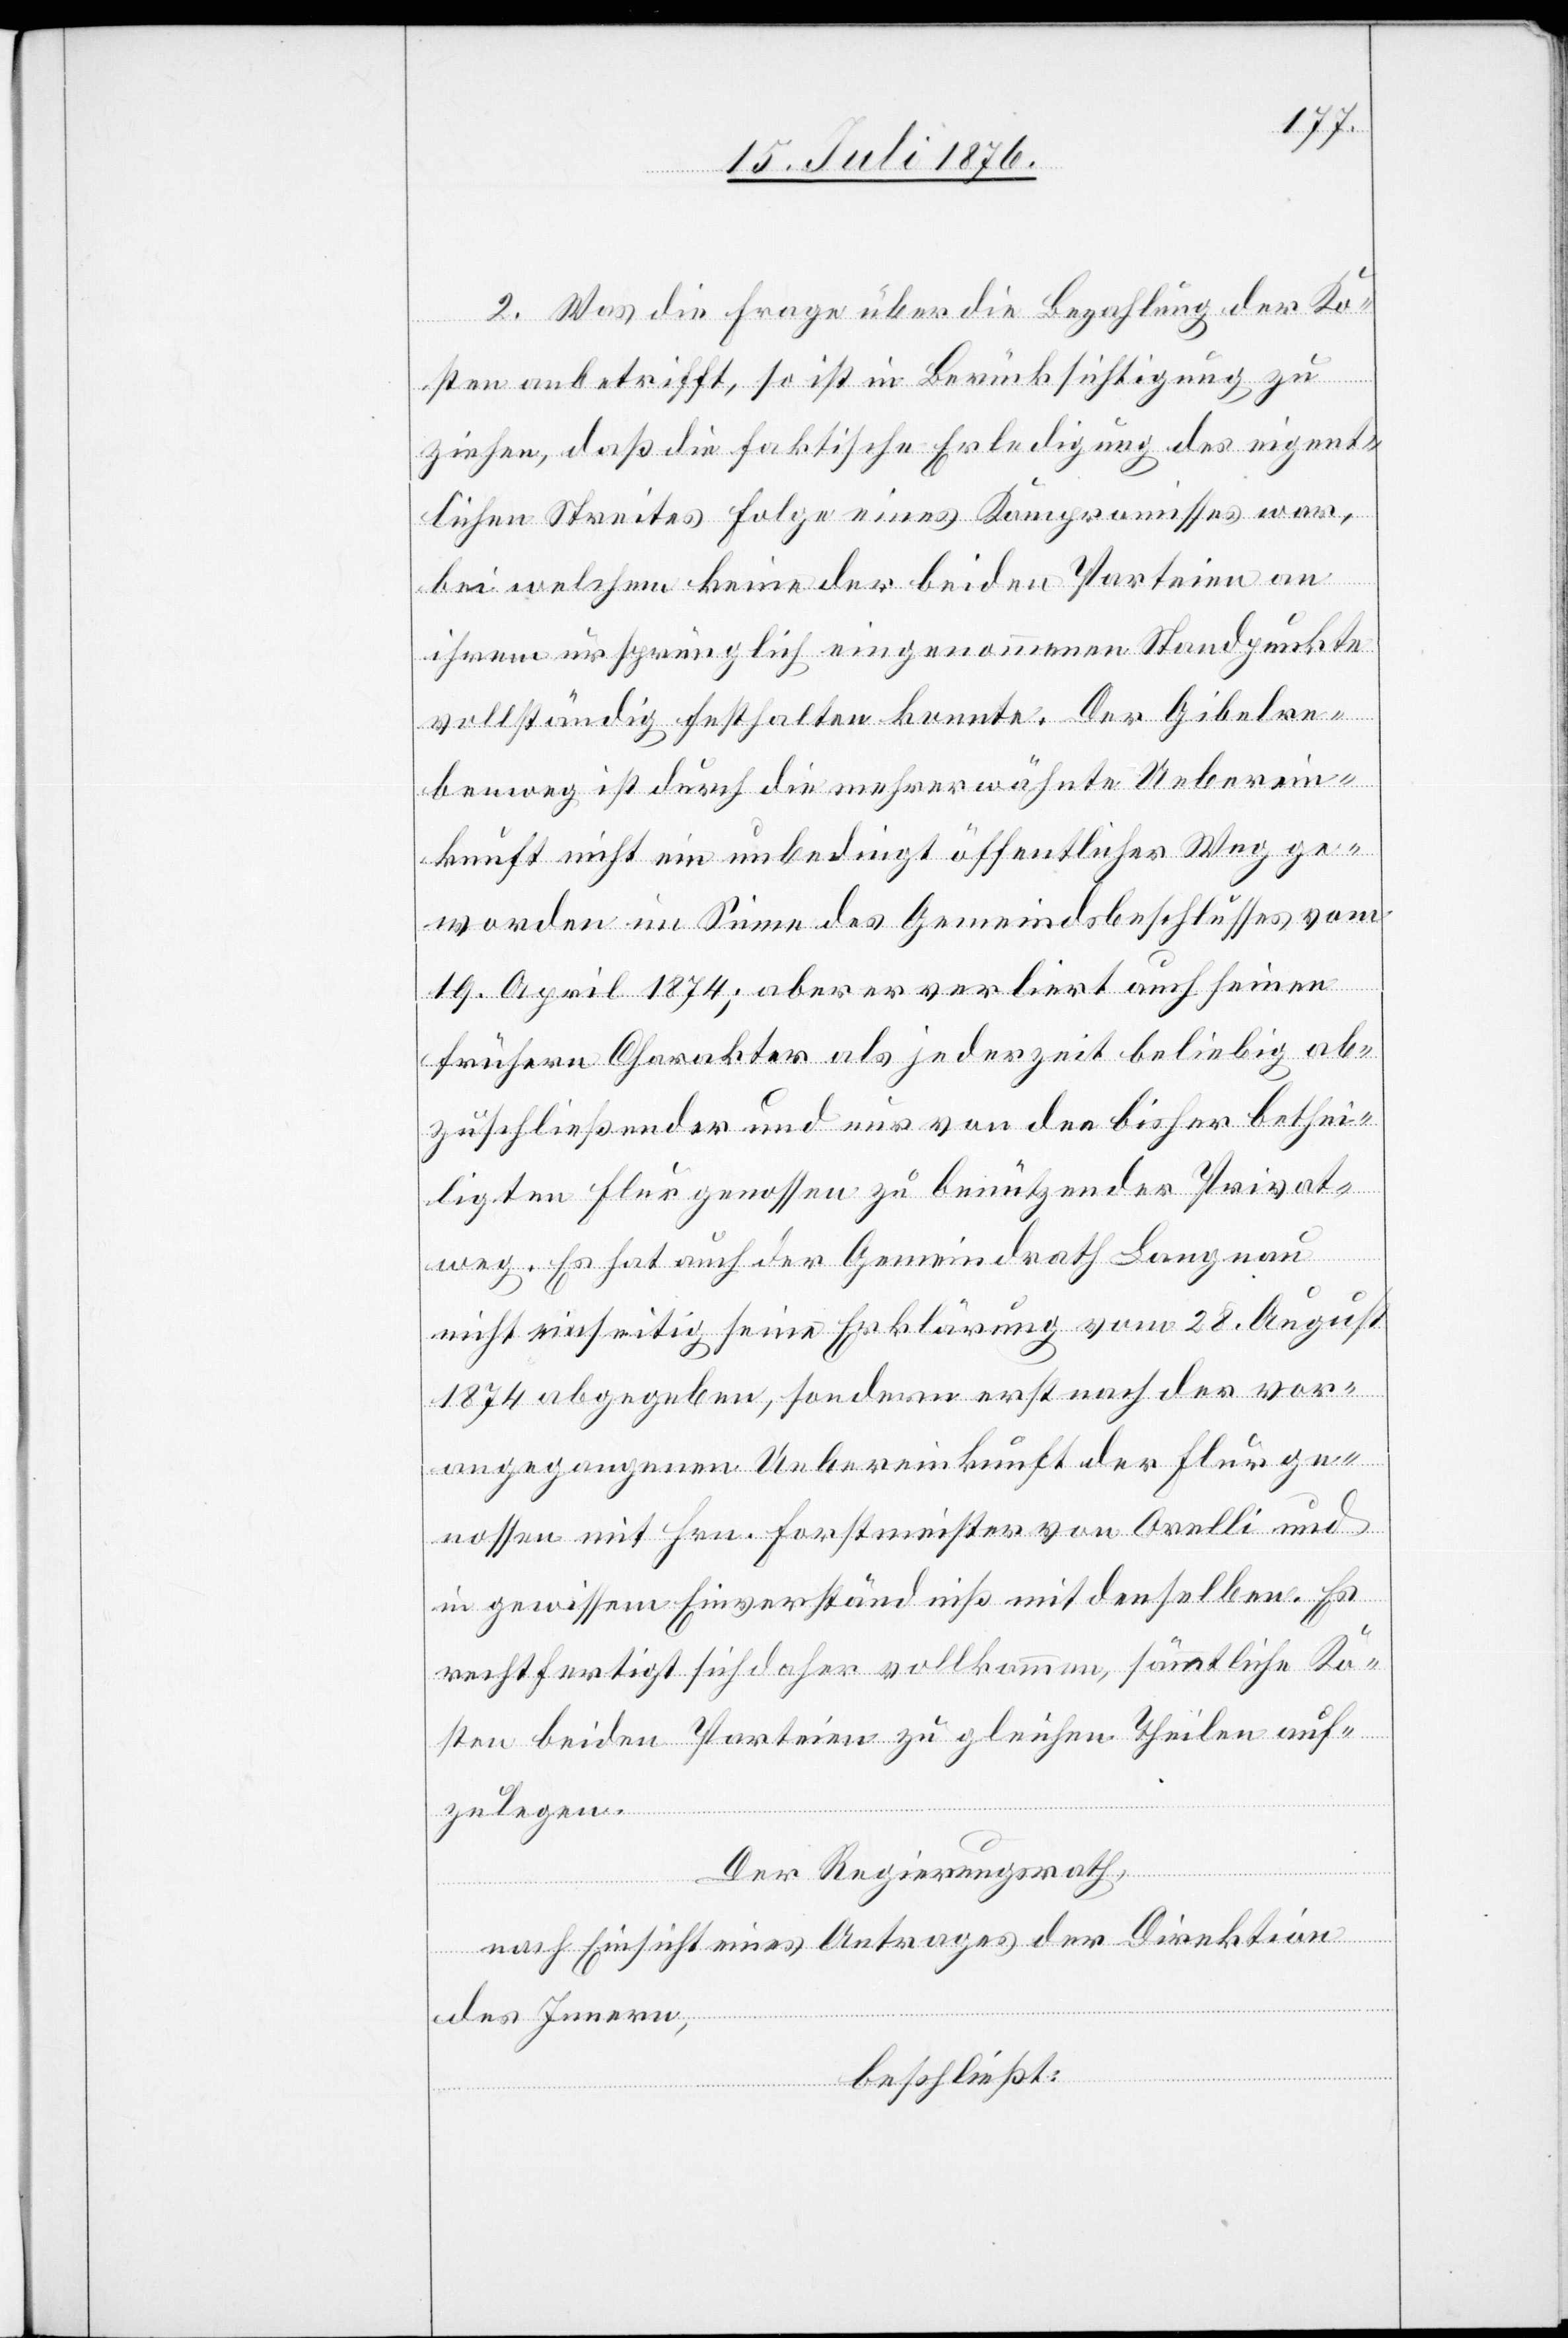
2. Was die Frage über die Bezahlung der Ko¬
sten anbetrifft, so ist in Berücksichtigung zu
ziehen, das die faktische Erledigung des eigent¬
lichen Streites Folge eines Kompromisses war,
bei welchem keine der beiden Parteien an
ihrem ursprünglich eingenommenen Standpunkte
vollständig festhalten konnte. Der Gibelre¬
benweg ist durch die mehrerwähnte Ueberein¬
kunft nicht ein unbedingt öffentlicher Weg ge¬
worden im Sinne des Gemeindsbeschlusses vom
19. April 1874; aber er verliert auch seinen
frühern Charakter als jederzeit beliebig ab¬
zuschließender und nur von den bisher bethei¬
ligten Flurgenossen zu benützender Privat¬
weg. Es hat auch der Gemeindrath Langnau
nicht einseitig seine Erklärung vom 28. August
1874 abgegeben, sondern erst nach der vor¬
angegangenen Uebereinkunft der Flurge¬
nossen mit Hrn. Forstmeister von Orelli und
in gewissem Einverständniß mit denselben. Es
rechtfertigt sich daher vollkommen, sämmtliche Ko¬
sten beiden Parteien zu gleichen Theilen auf¬
zulegen.
Der Regierungsrath,
nach Einsicht eines Antrages der Direktion
des Innern,
beschließt: